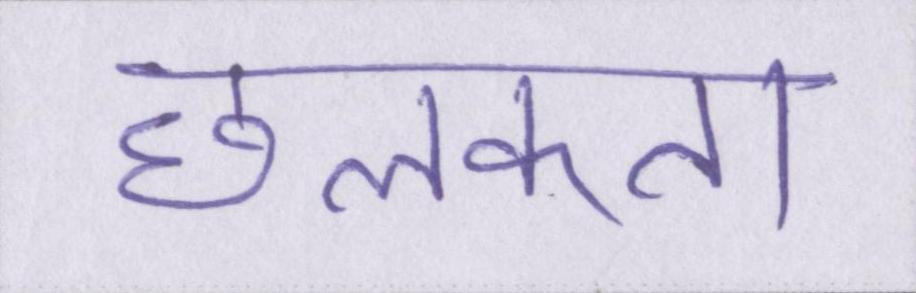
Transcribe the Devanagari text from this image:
छलकता